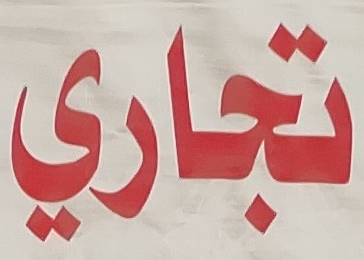
تجاري